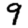
Digit: 9